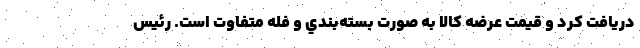
دريافت کرد و قيمت عرضه كالا به صورت بسته‌بندي و فله‌ متفاوت است. رئيس